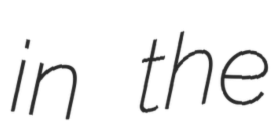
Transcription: in the